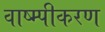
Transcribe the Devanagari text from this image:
वाष्म्पीकरण